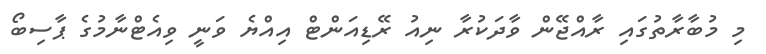
މި މުބާރާތުގައި ރާއްޖޭން ވާދަކުރާ ނިއު ރޭޑިއަންޓް އިއްޔެ ވަނީ ވިއެޓްނާމުގެ ޕާސިބޯ